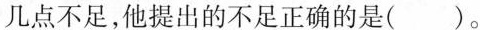
几点不足，他提出的不足正确的是( )。